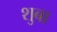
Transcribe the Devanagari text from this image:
शुबा